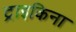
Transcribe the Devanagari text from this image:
ट्राइकिना